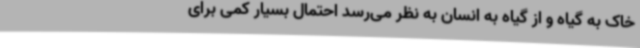
خاک به گیاه و از گیاه به انسان به نظر می‌رسد احتمال بسیار کمی برای